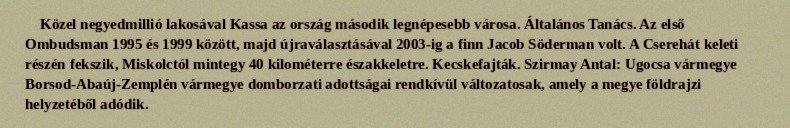
Közel negyedmillió lakosával Kassa az ország második legnépesebb városa. Általános Tanács. Az első Ombudsman 1995 és 1999 között, majd újraválasztásával 2003-ig a finn Jacob Söderman volt. A Cserehát keleti részén fekszik, Miskolctól mintegy 40 kilométerre északkeletre. Kecskefajták. Szirmay Antal: Ugocsa vármegye Borsod-Abaúj-Zemplén vármegye domborzati adottságai rendkívül változatosak, amely a megye földrajzi helyzetéből adódik.